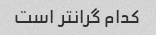
کدام گرانتر است